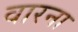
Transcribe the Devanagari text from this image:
वारना